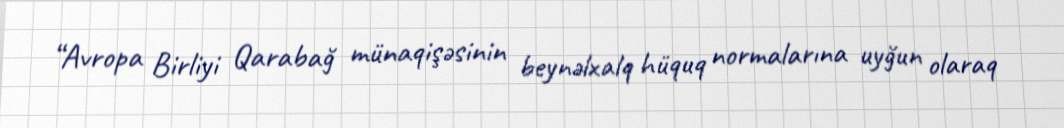
“Avropa Birliyi Qarabağ münaqişəsinin beynəlxalq hüquq normalarına uyğun olaraq